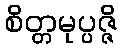
စိတ္တမုပ္ပဇ္ဇိ